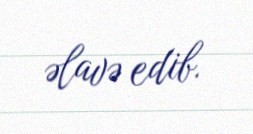
əlavə edib.